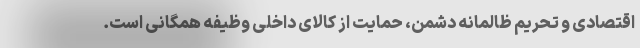
اقتصادی و تحریم ظالمانه دشمن، حمایت از کالای داخلی وظیفه همگانی است.